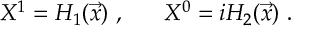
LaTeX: X ^ { 1 } = { \cal H } _ { 1 } ( \vec { x } ) \ , ~ ~ ~ ~ ~ X ^ { 0 } = i { \cal H } _ { 2 } ( \vec { x } ) \ .